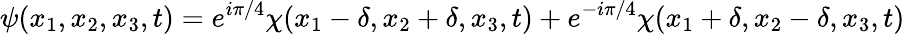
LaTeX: \psi(x_{1},x_{2},x_{3},t)=e^{i\pi/4}\chi(x_{1}-\delta,x_{2}+\delta,x_{3},t)+e^{-i\pi/4}\chi(x_{1}+\delta,x_{2}-\delta,x_{3},t)